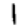
Digit: 1